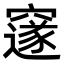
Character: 𮄜